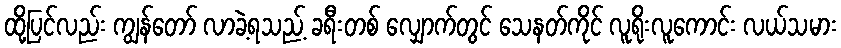
ထို့ပြင်လည်း ကျွန်တော် လာခဲ့ရသည့် ခရီးတစ် လျှောက်တွင် သေနတ်ကိုင် လူရိုးလူကောင်း လယ်သမား